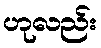
ဟုလည်း